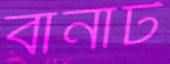
বানাট